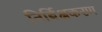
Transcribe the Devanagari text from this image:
निर्बिक्षकरण